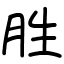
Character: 胜